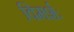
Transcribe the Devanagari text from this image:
विमर्शः